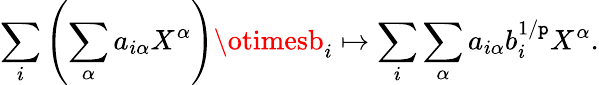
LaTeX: \sum_{i}\left(\sum_{\alpha}a_{i\alpha}X^{\alpha}\right)\otimesb_{i}\mapsto\sum_{i}\sum_{\alpha}a_{i\alpha}b_{i}^{1/\mathtt{p}}X^{\alpha}.